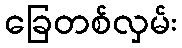
ခြေတစ်လှမ်း